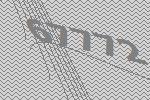
67772